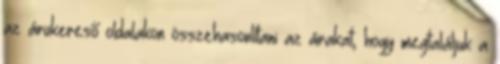
az árukereső oldalakon összehasonlítani az árakat, hogy megtaláljuk a